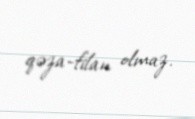
qəza-filan olmaz.